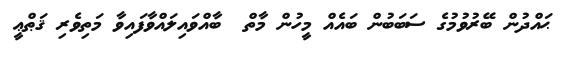
ޙައްދުން ބޭރުވުމުގެ ސަބަބުން ބައެއް މީހުން މާތް  ބާއްވައިލައްވާފައިވާ މަތިވެރި ޤަޠްޢީ